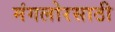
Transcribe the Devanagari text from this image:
मंगलोरसाठी